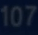
107